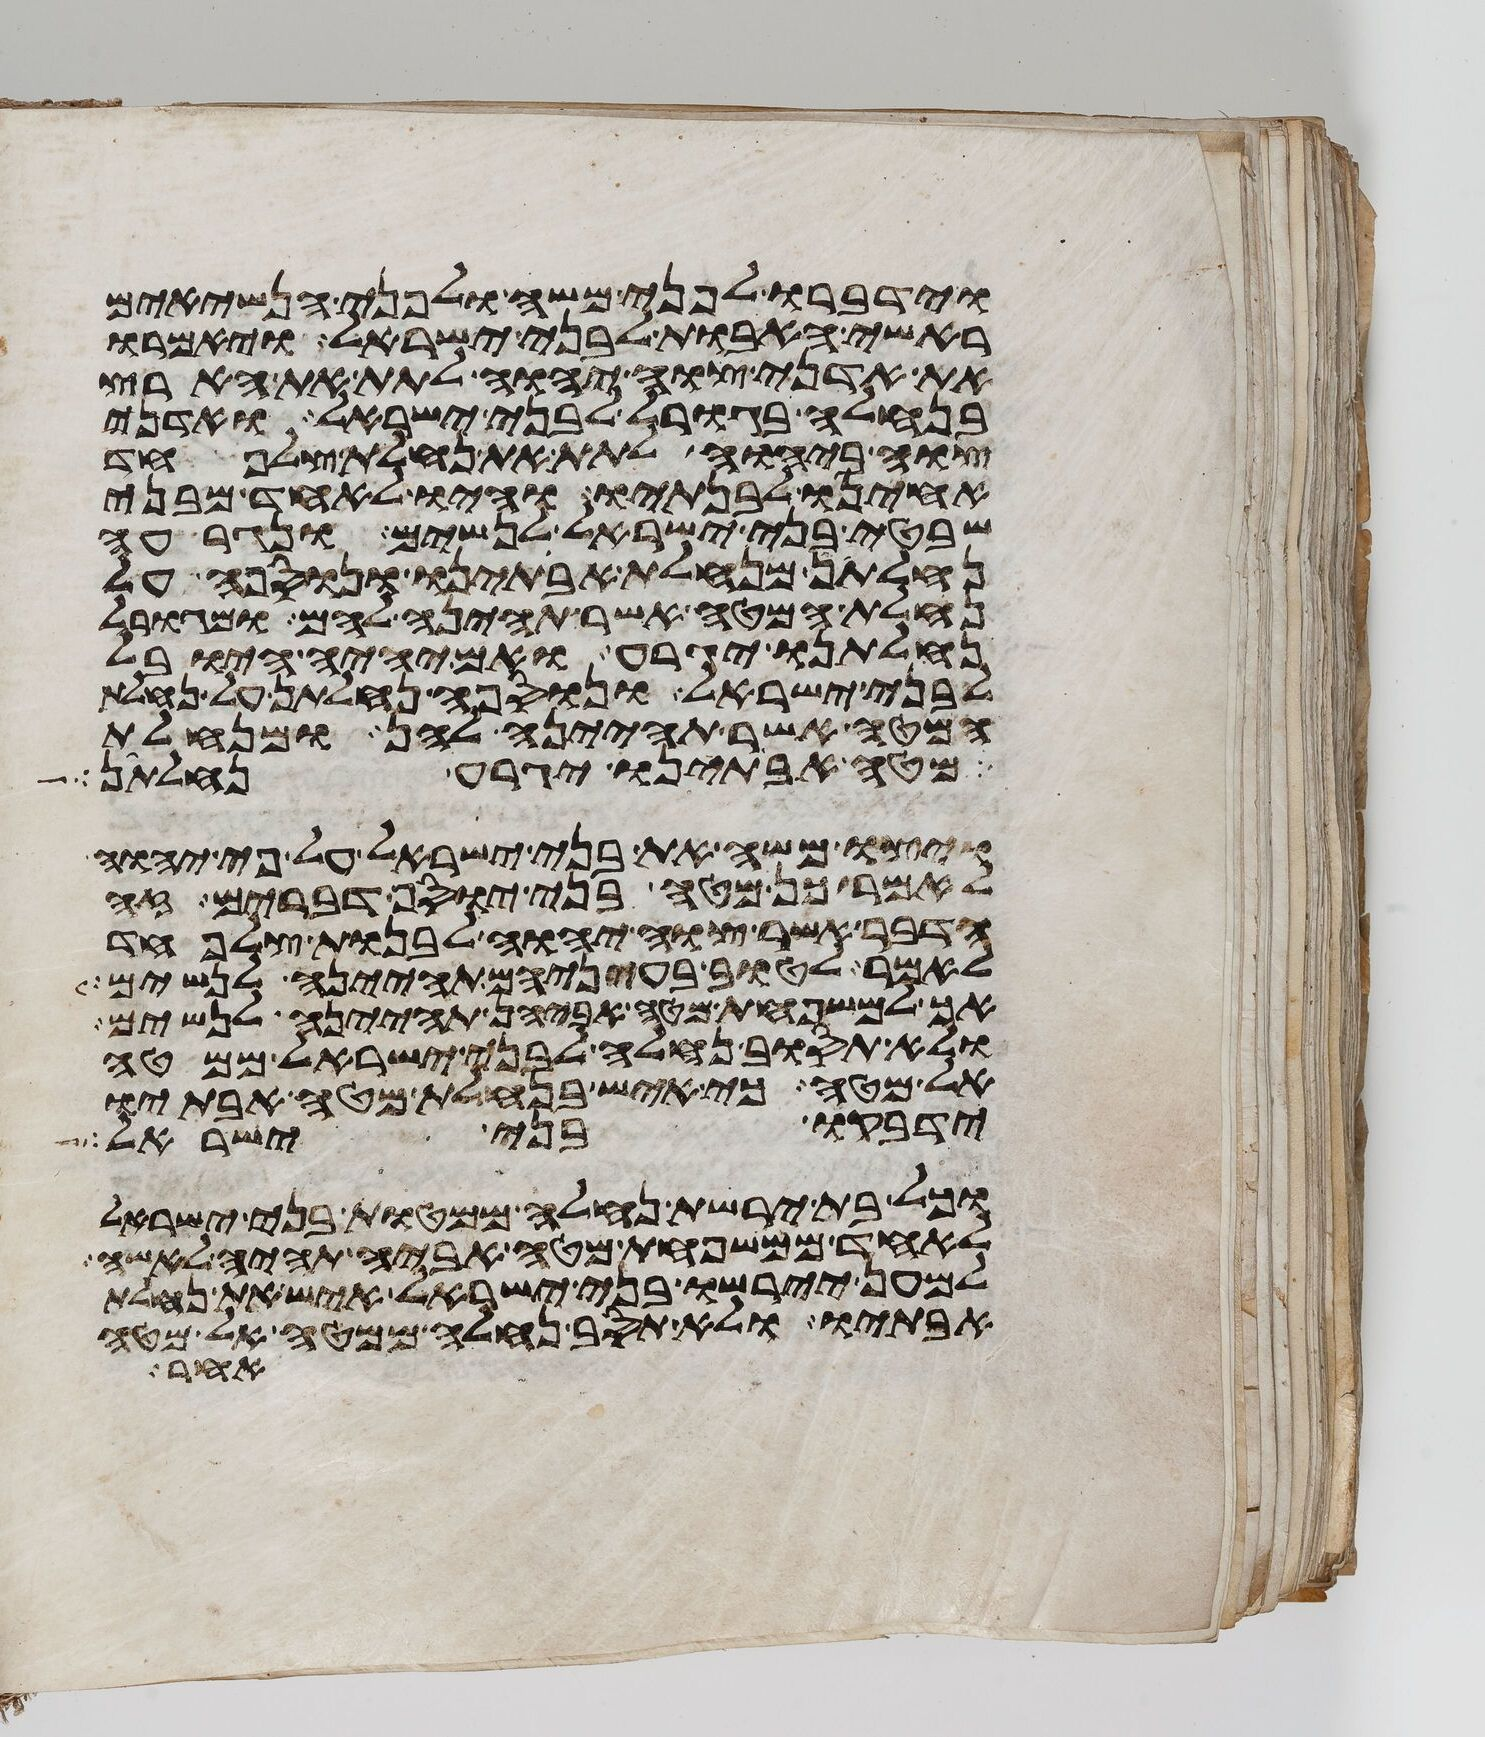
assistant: וידברו לפני משה ולפני הנשיאים
ראשי האבות לבני ישראל ויאמרו
את אדני צוה יהוה לתת את הארץ
בנחלה בגורל לבני ישראל ואדני
צוה ביהוה לתת את נחלת צלפחד
אחינו לבנתיו והיו לאחד מבני
שבטי בני ישראל לנשים ונגרעה
נחלתן מנחלת אבתינו ונוספה על
נחלת המטה אשר תהיינה להם ומגורל
נחלתנו יגרע ואם יהיה היובל
לבני ישראל ונוספה נחלתן על נחלת
המטה אשר תהיינה להם ומנחלת
מטה אבתינו יגרע נחלתן
ויצו משה את בני ישראל על פי יהוה
לאמר כן מטה בני יוסף דברים זה
הדבר אשר צוה יהוה לבנות צלפחד
לאמר לטוב בעיניהם תהינה לנשים
אך למשפחת מטה אביהן תהינה לנשים
ולא תסוב נחלה לבני ישראל ממטה
אל מטה כי איש בנחלת מטה אבתיו
ידבקו בני ישראל
וכל בת ירשת נחלה ממטות בני ישראל
לאחד ממשפחת מטה אביה תהיה לאשה
למען יירשו בני ישראל איש את נחלת
אבתיו ולא תסב נחלה ממטה אל מטה
אחר